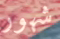
شهور